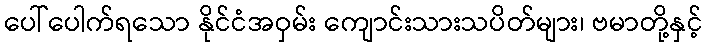
ပေါ်ပေါက်ရသော နိုင်ငံအဝှမ်း ကျောင်းသားသပိတ်များ၊ ဗမာတို့နှင့်